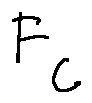
F _ { C }